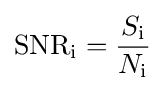
\mathrm {SNR_{i}} ={\frac {S_{\mathrm {i} }}{N_{\mathrm {i} }}}